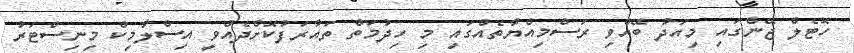
ހޮޓެލް ޖޭންގައި މިއަދު ބޭއްވި ރަސްމިއްޔާތެއްގައި މި ހިދުމަތް ތައާރަފުކޮށްދެއްވީ އިސްލާމިކް މިނިސްޓަރު